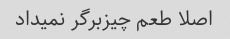
اصلا طعم چیزبرگر نمیداد